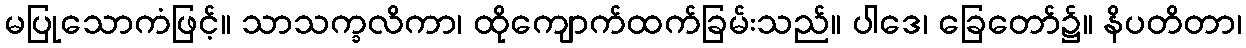
မပြုသောကံဖြင့်။ သာသက္ခလိကာ၊ ထိုကျောက်ထက်ခြမ်းသည်။ ပါဒေ၊ ခြေတော်၌။ နိပတိတာ၊